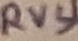
Text: RV3